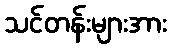
သင်တန်းများအား